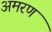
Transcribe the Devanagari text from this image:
अमरण